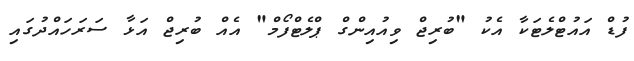
ފުޑް އައުޓްލެޓަކާ އެކު "ބުރިޖް ވިއުއިންގް ޕްލެޓްފޯމް" އެއް ބުރިޖް އަޅާ ސަރަހައްދުގައި